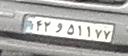
۴۲و۵۱۱۷۷